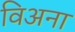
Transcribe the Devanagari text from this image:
विअना